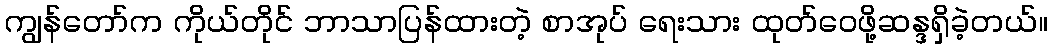
ကျွန်တော်က ကိုယ်တိုင် ဘာသာပြန်ထားတဲ့ စာအုပ် ရေးသား ထုတ်ဝေဖို့ဆန္ဒရှိခဲ့တယ်။